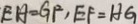
E H = G F , E F = H G